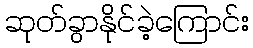
ဆုတ်ခွာနိုင်ခဲ့ကြောင်း